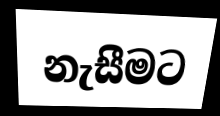
නැසීමට